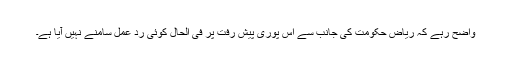
واضح رہے کہ رياض حکومت کی جانب سے اس پوری پيش رفت پر فی الحال کوئی رد عمل سامنے نہيں آيا ہے۔